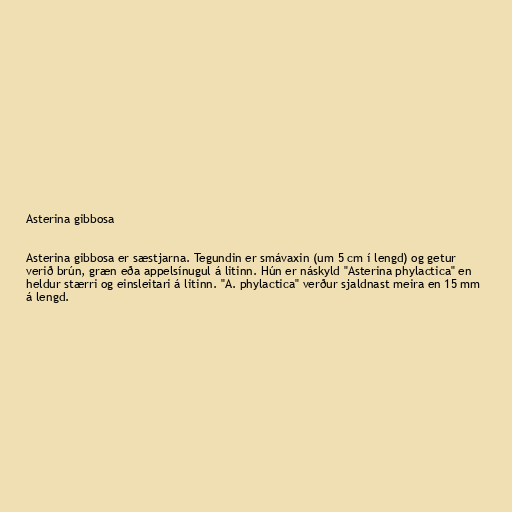
Asterina gibbosa

Asterina gibbosa er sæstjarna. Tegundin er smávaxin (um 5 cm í lengd) og getur
verið brún, græn eða appelsínugul á litinn. Hún er náskyld "Asterina phylactica" en
heldur stærri og einsleitari á litinn. "A. phylactica" verður sjaldnast meira en 15 mm
á lengd.